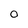
Character: O